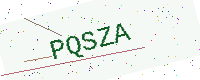
Text: PQSZA